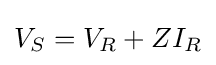
V_{S}=V_{R}+ZI_{R}